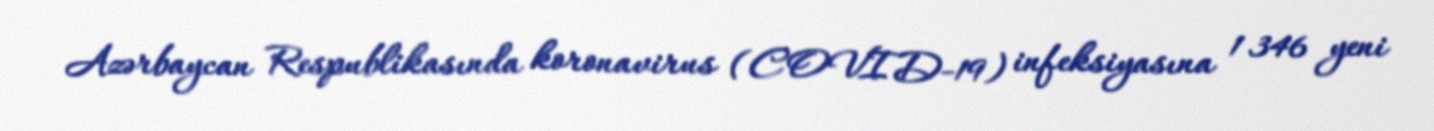
Azərbaycan Respublikasında koronavirus (COVID-19) infeksiyasına 1 346 yeni